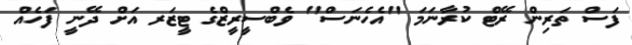
ފަސް ތަރިން ރޭޓް ކުރާނަމަ "އެހެނަސް" ވެބްސީރީޒްގެ ޓީޒަރ އަށް ދޭނީ ފަހެއް